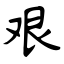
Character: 艰